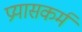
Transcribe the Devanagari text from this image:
प्रयासकर्म